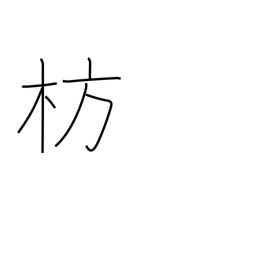
Meaning: boat